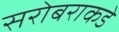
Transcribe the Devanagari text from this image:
सरोबराकडे